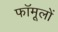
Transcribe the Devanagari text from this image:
फॉमूलों